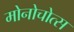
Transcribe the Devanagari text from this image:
मोनोचोत्स